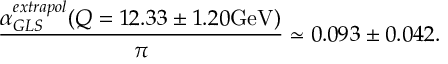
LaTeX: \frac { \alpha _ { G L S } ^ { e x t r a p o l } ( Q = 1 2 . 3 3 \pm 1 . 2 0 \mathrm { G e V } ) } { \pi } \simeq 0 . 0 9 3 \pm 0 . 0 4 2 .